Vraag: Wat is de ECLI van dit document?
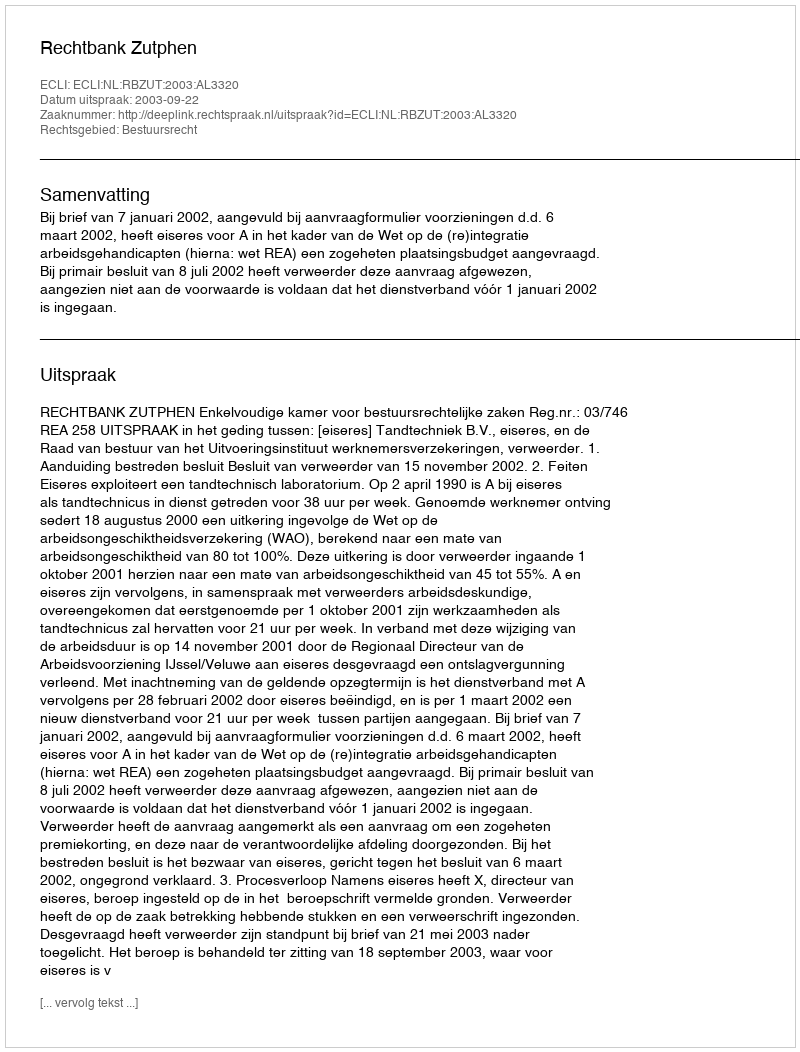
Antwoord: ECLI:NL:RBZUT:2003:AL3320